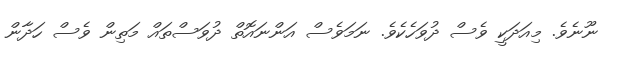
ނޫނެވެ. މިއަދަކީ ވެސް ދުވަހެކެވެ. ނަމަވެސް އަންނައޮތް ދުވަސްތައް މަތިން ވެސް ހަދާން